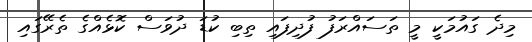
މިދެ ގައުމަކީ މީ ތަސައްރަފު ފުދިފައި ތިބި ކުޑަ ދުވަސް ކޮޅެއްގެ ތެރޭގަައި